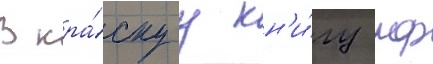
В кра́снуу кн'и́гу рф